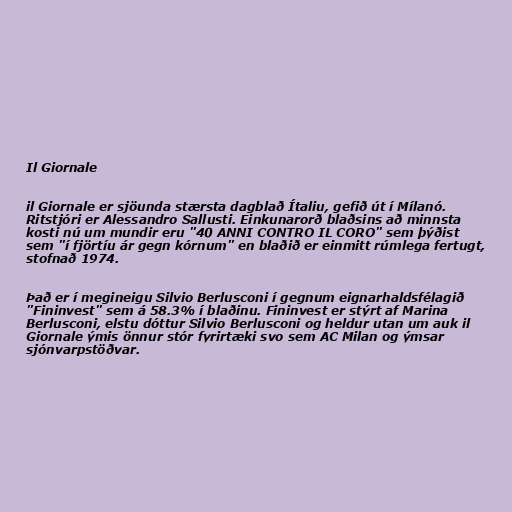
Il Giornale

il Giornale er sjöunda stærsta dagblað Ítaliu, gefið út í Mílanó.
Ritstjóri er Alessandro Sallusti. Einkunarorð blaðsins að minnsta
kosti nú um mundir eru "40 ANNI CONTRO IL CORO" sem þýðist
sem "í fjörtíu ár gegn kórnum" en blaðið er einmitt rúmlega fertugt,
stofnað 1974.

Það er í megineigu Silvio Berlusconi í gegnum eignarhaldsfélagið
"Fininvest" sem á 58.3% í blaðinu. Fininvest er stýrt af Marina
Berlusconi, elstu dóttur Silvio Berlusconi og heldur utan um auk il
Giornale ýmis önnur stór fyrirtæki svo sem AC Milan og ýmsar
sjónvarpstöðvar.